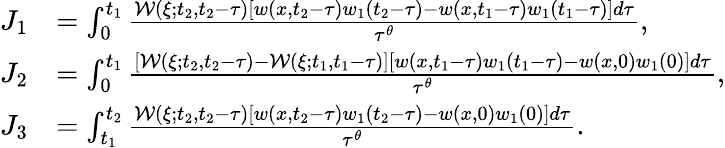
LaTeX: \begin{array}{rl}{J_{1}}&{=\int_{0}^{t_{1}}\frac{\mathcal{W}(\xi;t_{2},t_{2}-\tau)[w(x,t_{2}-\tau)w_{1}(t_{2}-\tau)-w(x,t_{1}-\tau)w_{1}(t_{1}-\tau)]d\tau}{\tau^{\theta}},}\\ {J_{2}}&{=\int_{0}^{t_{1}}\frac{[\mathcal{W}(\xi;t_{2},t_{2}-\tau)-\mathcal{W}(\xi;t_{1},t_{1}-\tau)][w(x,t_{1}-\tau)w_{1}(t_{1}-\tau)-w(x,0)w_{1}(0)]d\tau}{\tau^{\theta}},}\\ {J_{3}}&{=\int_{t_{1}}^{t_{2}}\frac{\mathcal{W}(\xi;t_{2},t_{2}-\tau)[w(x,t_{2}-\tau)w_{1}(t_{2}-\tau)-w(x,0)w_{1}(0)]d\tau}{\tau^{\theta}}.}\end{array}